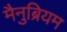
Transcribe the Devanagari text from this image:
मैनुब्रियम